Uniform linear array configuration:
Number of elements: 8
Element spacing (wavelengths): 0.25
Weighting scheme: binomial
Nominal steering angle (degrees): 0
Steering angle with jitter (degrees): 0.3853
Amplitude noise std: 0.05
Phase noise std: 0.05

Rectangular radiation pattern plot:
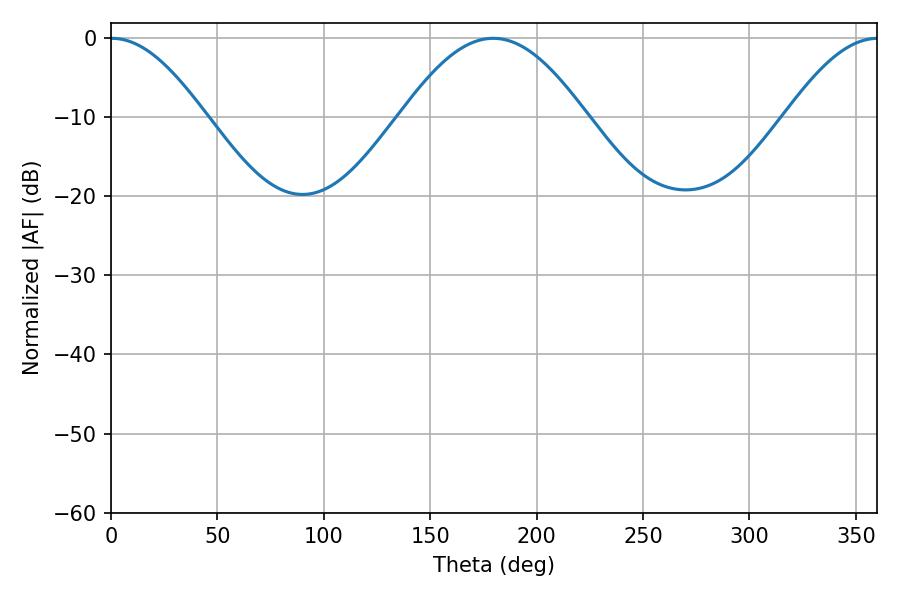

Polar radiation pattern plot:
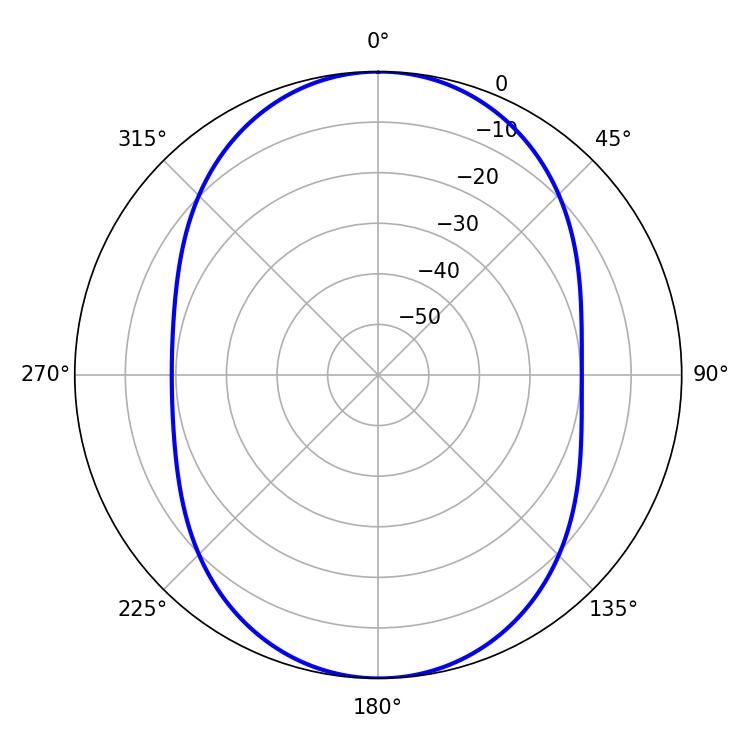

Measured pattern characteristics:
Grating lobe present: FALSE
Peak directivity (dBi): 22.777
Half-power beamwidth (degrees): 23.94
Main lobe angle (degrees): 0.36